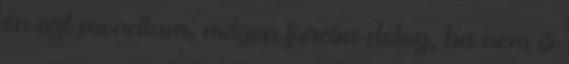
én azt mondtam, milyen furcsa dolog, ha nem is